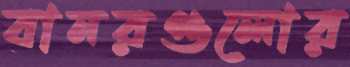
বানরগুলোর